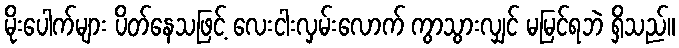
မိုးပေါက်များ ပိတ်နေသဖြင့် လေးငါးလှမ်းလောက် ကွာသွားလျှင် မမြင်ရဘဲ ရှိသည်။